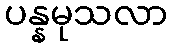
ပန္နမုသလာ